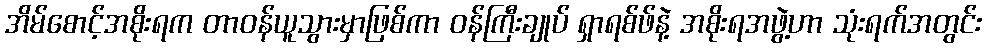
အိမ်စောင့်အစိုးရက တာဝန်ယူသွားမှာဖြစ်ကာ ဝန်ကြီးချုပ် ရှာရစ်ဖ်နဲ့ အစိုးရအဖွဲ့ဟာ သုံးရက်အတွင်း